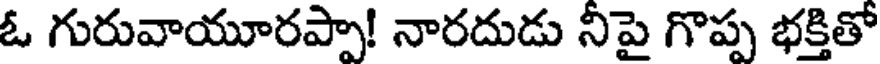
ఓ గురువాయూరప్పా! నారదుడు నిపై గొప్ప భక్తితో